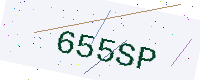
Text: 655SP